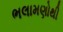
ભલામણોથી